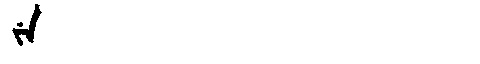
Manchu: ᠵᡝ
Romanization: JE